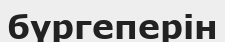
бүргеперін